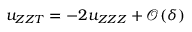
u _ { Z Z T } = - 2 u _ { Z Z Z } + \mathcal { O } ( \delta )